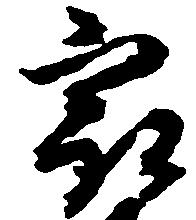
最